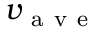
v _ { \mathrm { ~ a ~ v ~ e ~ } }